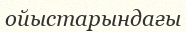
ойыстарындағы